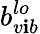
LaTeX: b_{v\mathbf{i}b}^{lo}